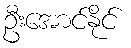
ဦးအောင်နိုင်